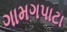
ગામગપાટા